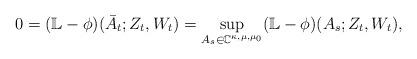
LaTeX: \begin{align*}0 = (\mathbb{L} - \phi)(\bar{A}_t; Z_t,W_t) = \sup_{A_s \in \mathbb{C}^{\kappa,\mu,\mu_0}} (\mathbb{L} - \phi)(A_s; Z_t,W_t),\end{align*}